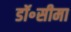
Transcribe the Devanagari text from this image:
डॉ॰सीमा